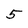
Character: 5